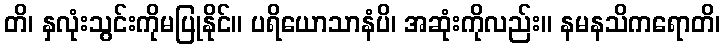
တိ၊ နှလုံးသွင်းကိုမပြုနိုင်။ ပရိယောသာနံပိ၊ အဆုံးကိုလည်း။ နမနသိကရောတိ၊